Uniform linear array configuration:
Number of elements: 32
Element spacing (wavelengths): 0.5
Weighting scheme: uniform
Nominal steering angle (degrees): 0
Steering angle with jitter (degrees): -1.757
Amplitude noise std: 0.05
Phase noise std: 0.05

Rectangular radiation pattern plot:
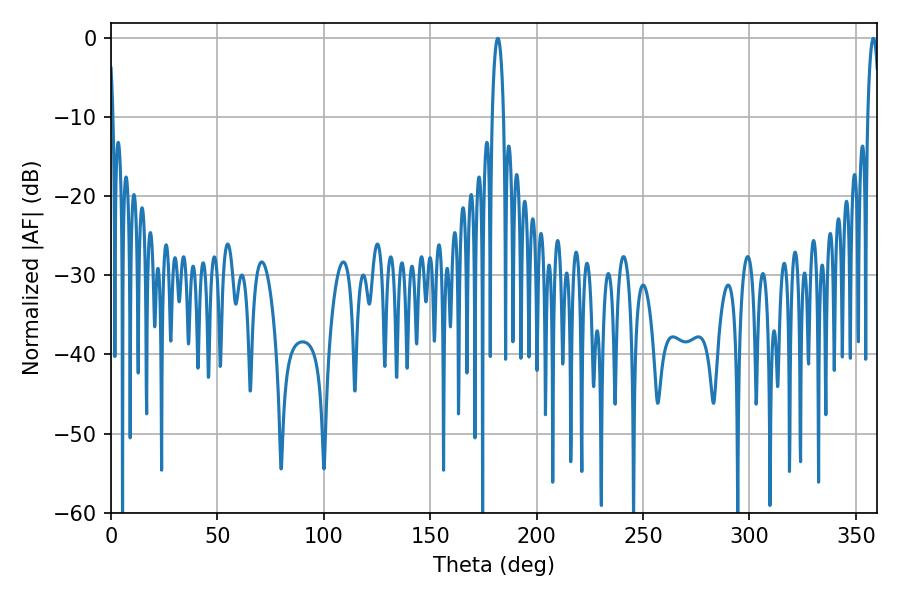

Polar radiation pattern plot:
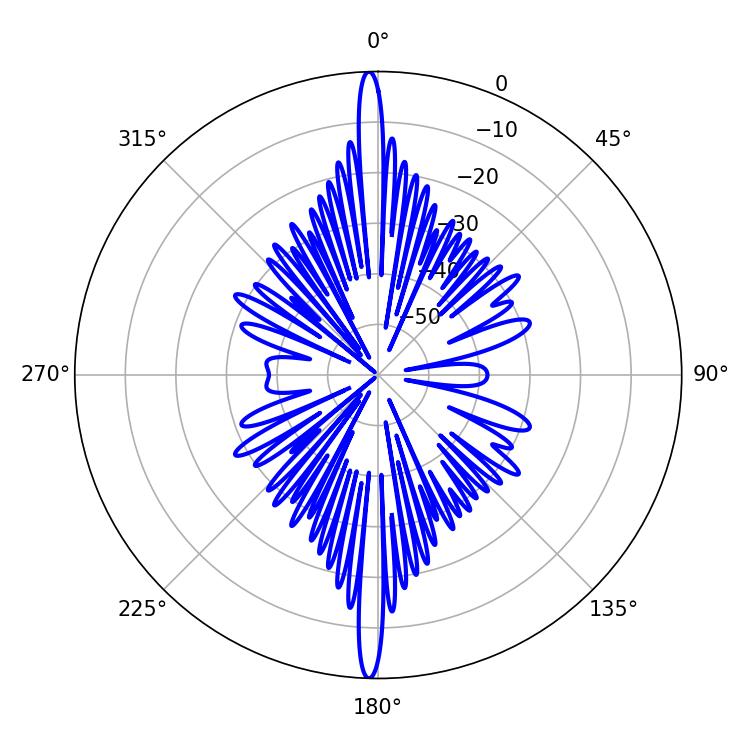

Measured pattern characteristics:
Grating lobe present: FALSE
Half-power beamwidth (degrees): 3.06
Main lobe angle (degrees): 358.2